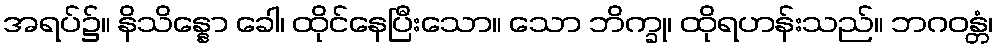
အရပ်၌။ နိသိန္နော ခေါ၊ ထိုင်နေပြီးသော။ သော ဘိက္ခု၊ ထိုရဟန်းသည်။ ဘဂဝန္တံ၊